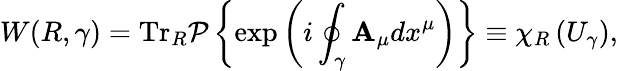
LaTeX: W(R,\gamma)=\mathrm{Tr}_{R}{\cal P}\left\{ \exp\left(i\oint_{\gamma}{{\mathbf A_{\mu}}dx^{\mu}}\right)\right\} \equiv\chi_{R}\left(U_{\gamma}\right),